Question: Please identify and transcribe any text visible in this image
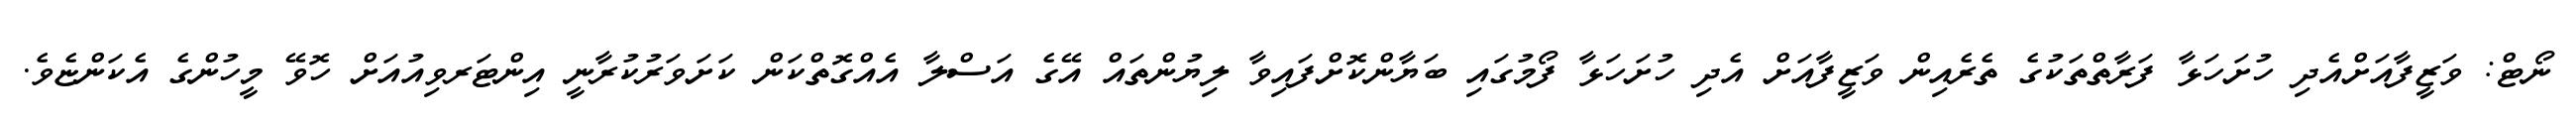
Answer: ނޯޓް: ވަޒީފާއަށްއެދި ހުށަހަޅާ ފަރާތްތަކުގެ ތެރެއިން ވަޒީފާއަށް އެދި ހުށަހަޅާ ފޯމުގައި ބަޔާންކޮށްފައިވާ ލިޔުންތައް އޭގެ އަސްލާ އެއްގޮތްކަން ކަށަވަރުކުރާނީ އިންޓަރވިއުއަށް ހޮވޭ މީހުންގެ އެކަންޏެވެ.